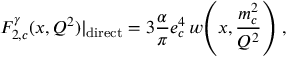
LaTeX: F _ { 2 , c } ^ { \gamma } ( x , Q ^ { 2 } ) | _ { \mathrm { d i r e c t } } = 3 \frac { \alpha } { \pi } e _ { c } ^ { 4 } \, w \! \left( x , \frac { m _ { c } ^ { 2 } } { Q ^ { 2 } } \right) \, ,